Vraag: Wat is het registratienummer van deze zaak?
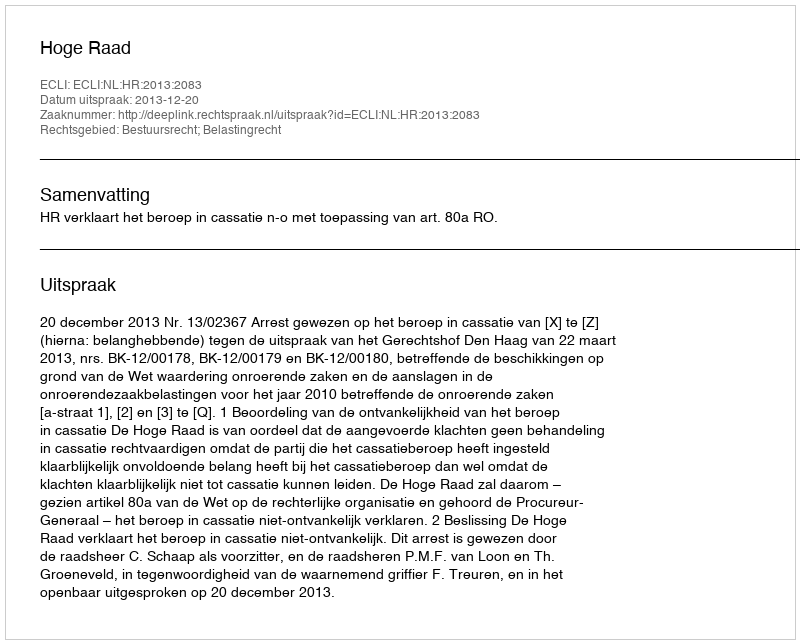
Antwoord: http://deeplink.rechtspraak.nl/uitspraak?id=ECLI:NL:HR:2013:2083